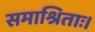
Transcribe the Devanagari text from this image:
समाश्रिताः।